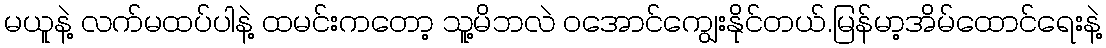
မယူနဲ့ လက်မထပ်ပါနဲ့ ထမင်းကတော့ သူ့မိဘလဲ ဝအောင်ကျွေးနိုင်တယ်.မြန်မာ့အိမ်ထောင်ရေးနဲ့